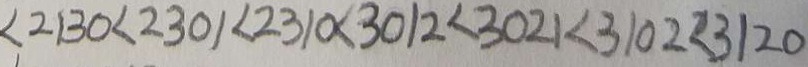
< 2 1 3 0 < 2 3 0 1 < 2 3 1 0 < 3 0 1 2 < 3 0 2 1 < 3 1 0 2 < 3 1 2 0